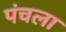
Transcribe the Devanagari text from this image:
पंचला